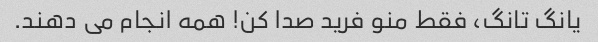
یانگ تانگ، فقط منو فرید صدا کن! همه انجام می دهند.